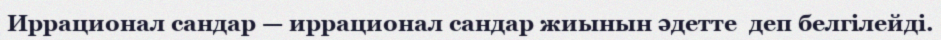
Иррационал сандар — иррационал сандар жиынын әдетте  деп белгілейді.